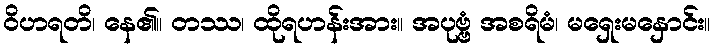
ဝိဟရတိ၊ နေ၏။ တဿ၊ ထိုရဟန်းအား။ အပုဗ္ဗံ အစရိမံ၊ မရှေးမနှောင်း။